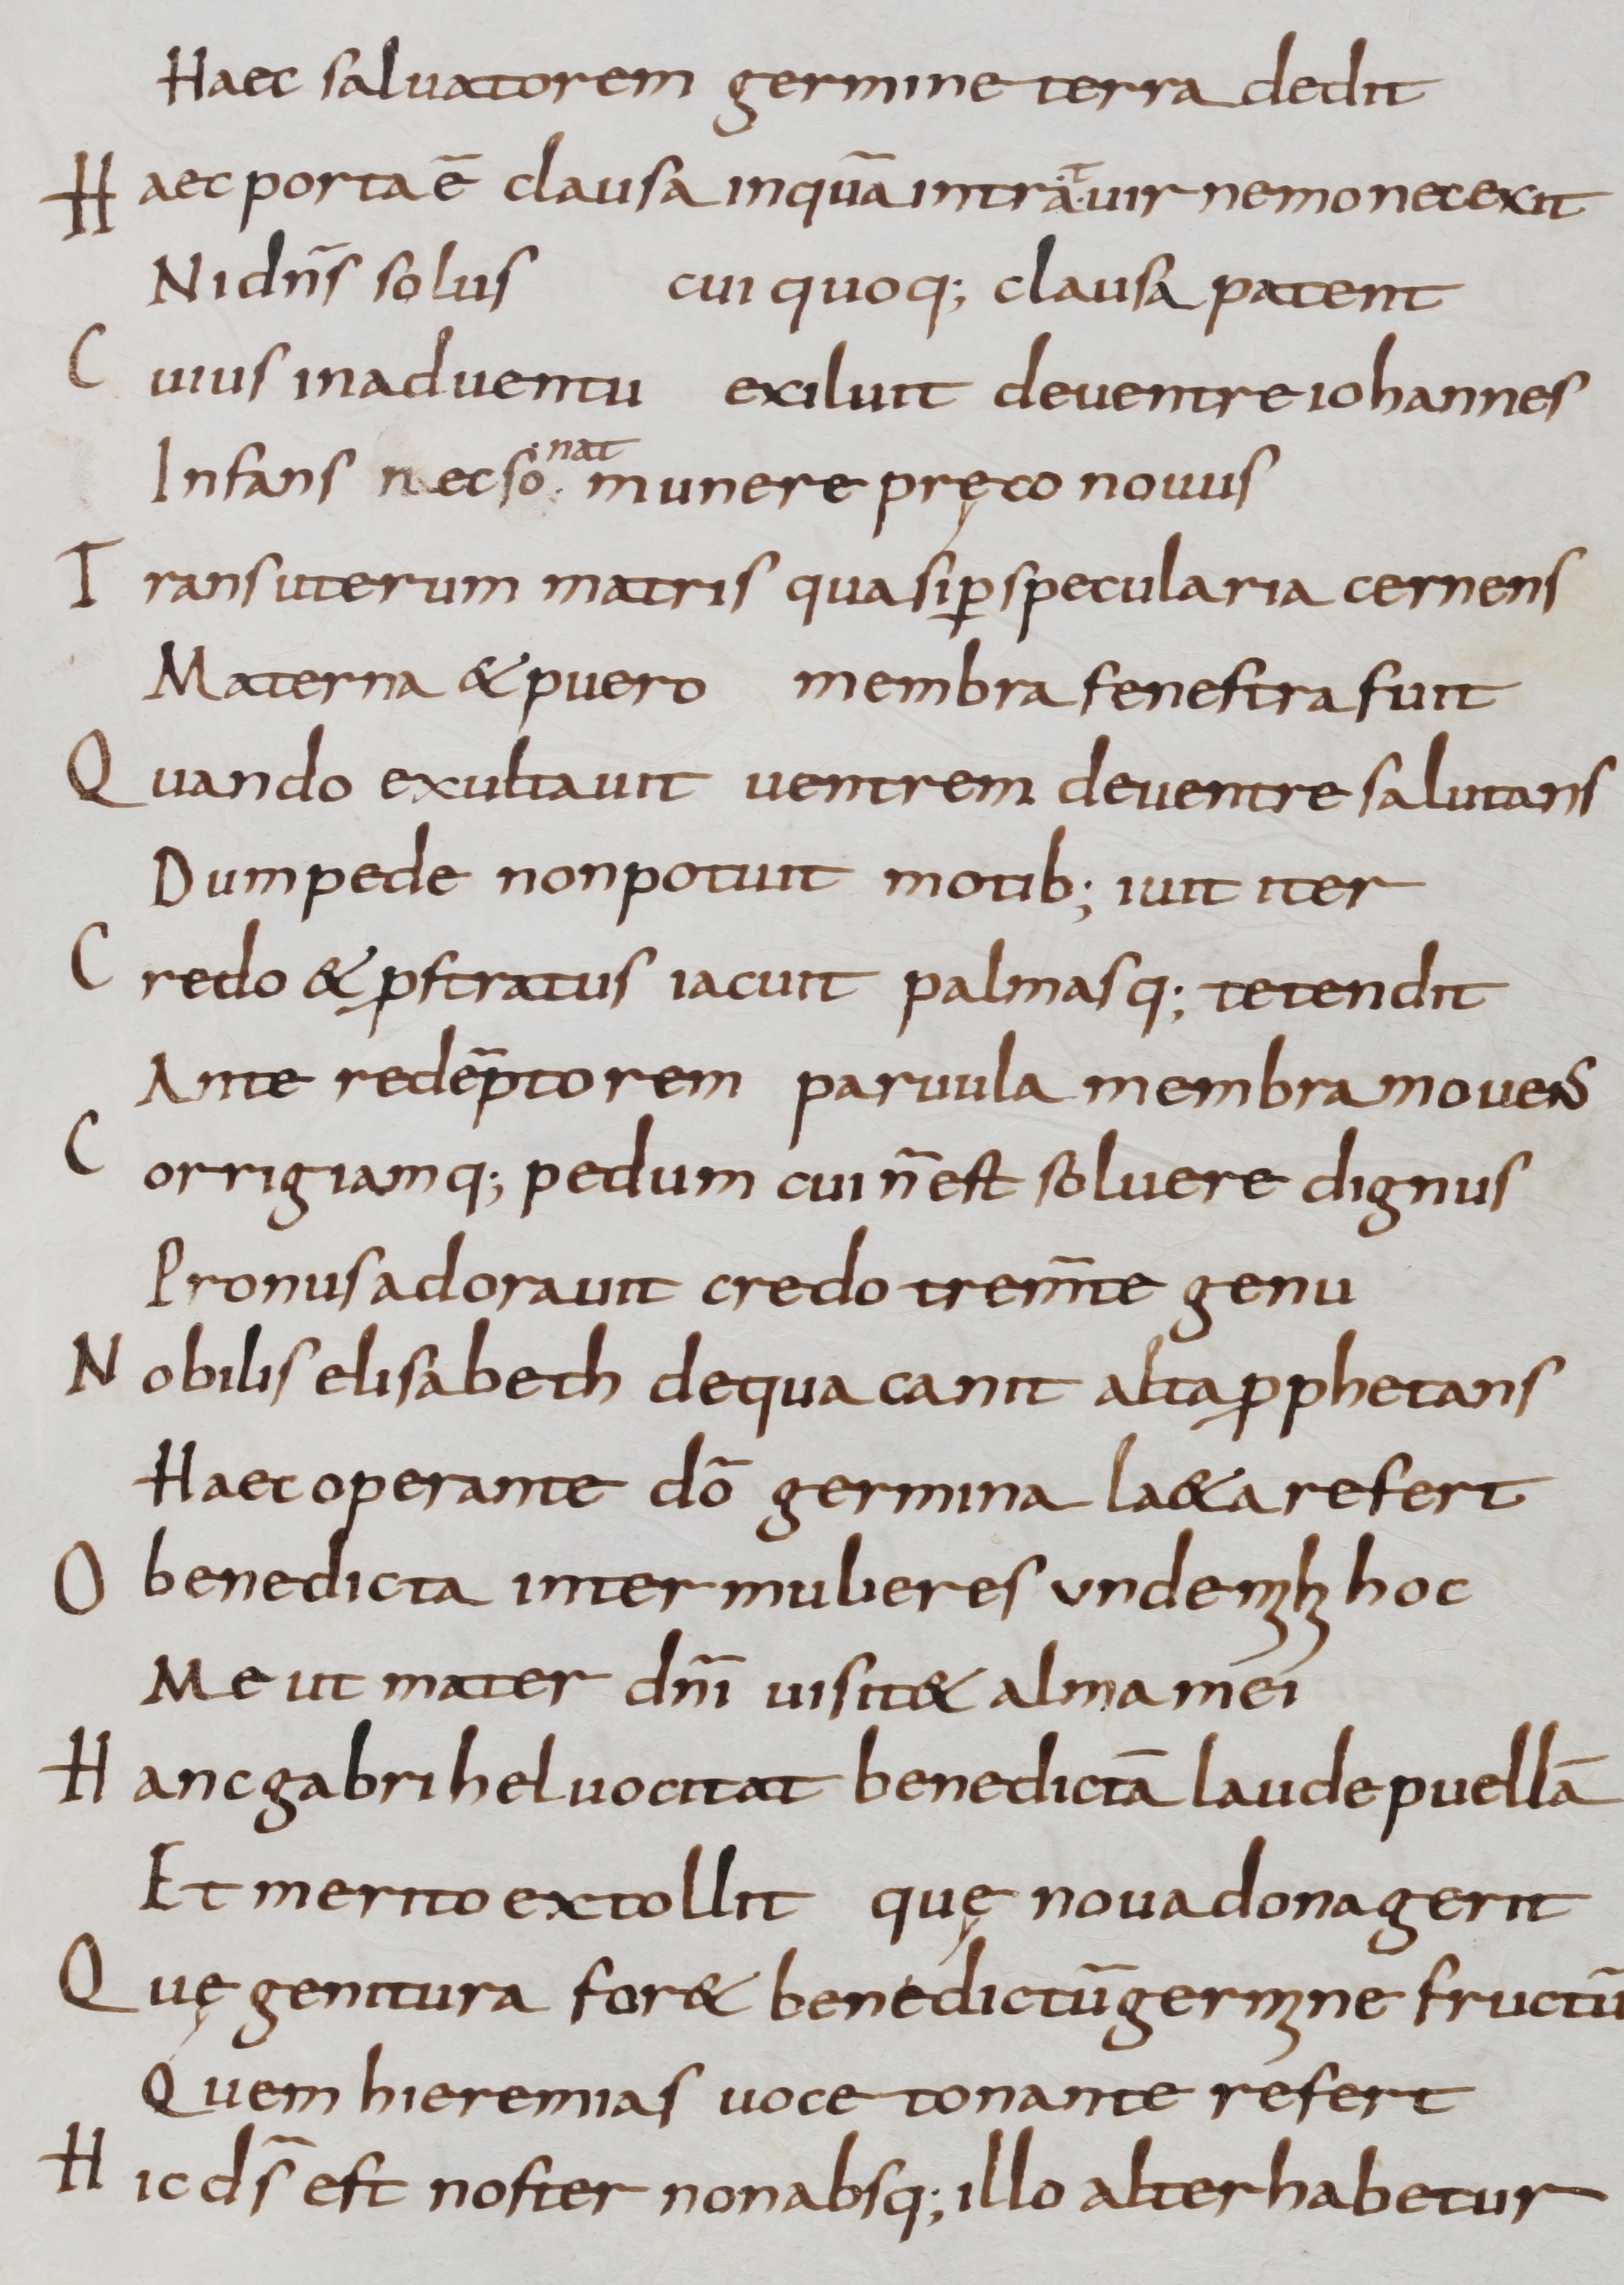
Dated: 800–999